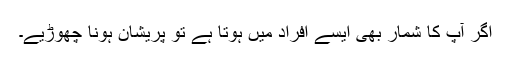
اگر آپ کا شمار بھی ایسے افراد میں ہوتا ہے تو پریشان ہونا چھوڑیے۔